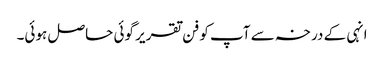
انہی کے درخہ سے آپ کو فن تقریر گوئی حاصل ہوئی۔